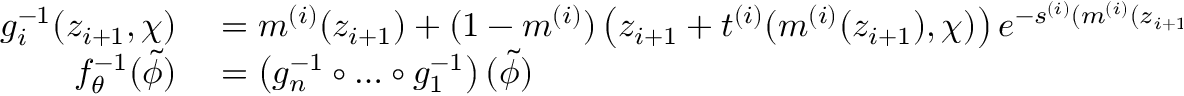
\begin{array} { r l } { g _ { i } ^ { - 1 } ( z _ { i + 1 } , \chi ) } & { { } = m ^ { ( i ) } ( z _ { i + 1 } ) + ( 1 - m ^ { ( i ) } ) \left( z _ { i + 1 } + t ^ { ( i ) } ( m ^ { ( i ) } ( z _ { i + 1 } ) , \chi ) \right) e ^ { - s ^ { ( i ) } ( m ^ { ( i ) } ( z _ { i + 1 } ) , \chi ) } } \\ { f _ { \theta } ^ { - 1 } ( \tilde { \phi } ) } & { { } = \left( g _ { n } ^ { - 1 } \circ \dots \circ g _ { 1 } ^ { - 1 } \right) ( \tilde { \phi } ) } \end{array}